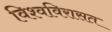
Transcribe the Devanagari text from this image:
विश्वविरासत